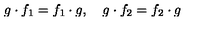
g \cdot f _ { 1 } = f _ { 1 } \cdot g , \quad g \cdot f _ { 2 } = f _ { 2 } \cdot g